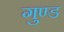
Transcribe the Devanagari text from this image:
गुण्ड